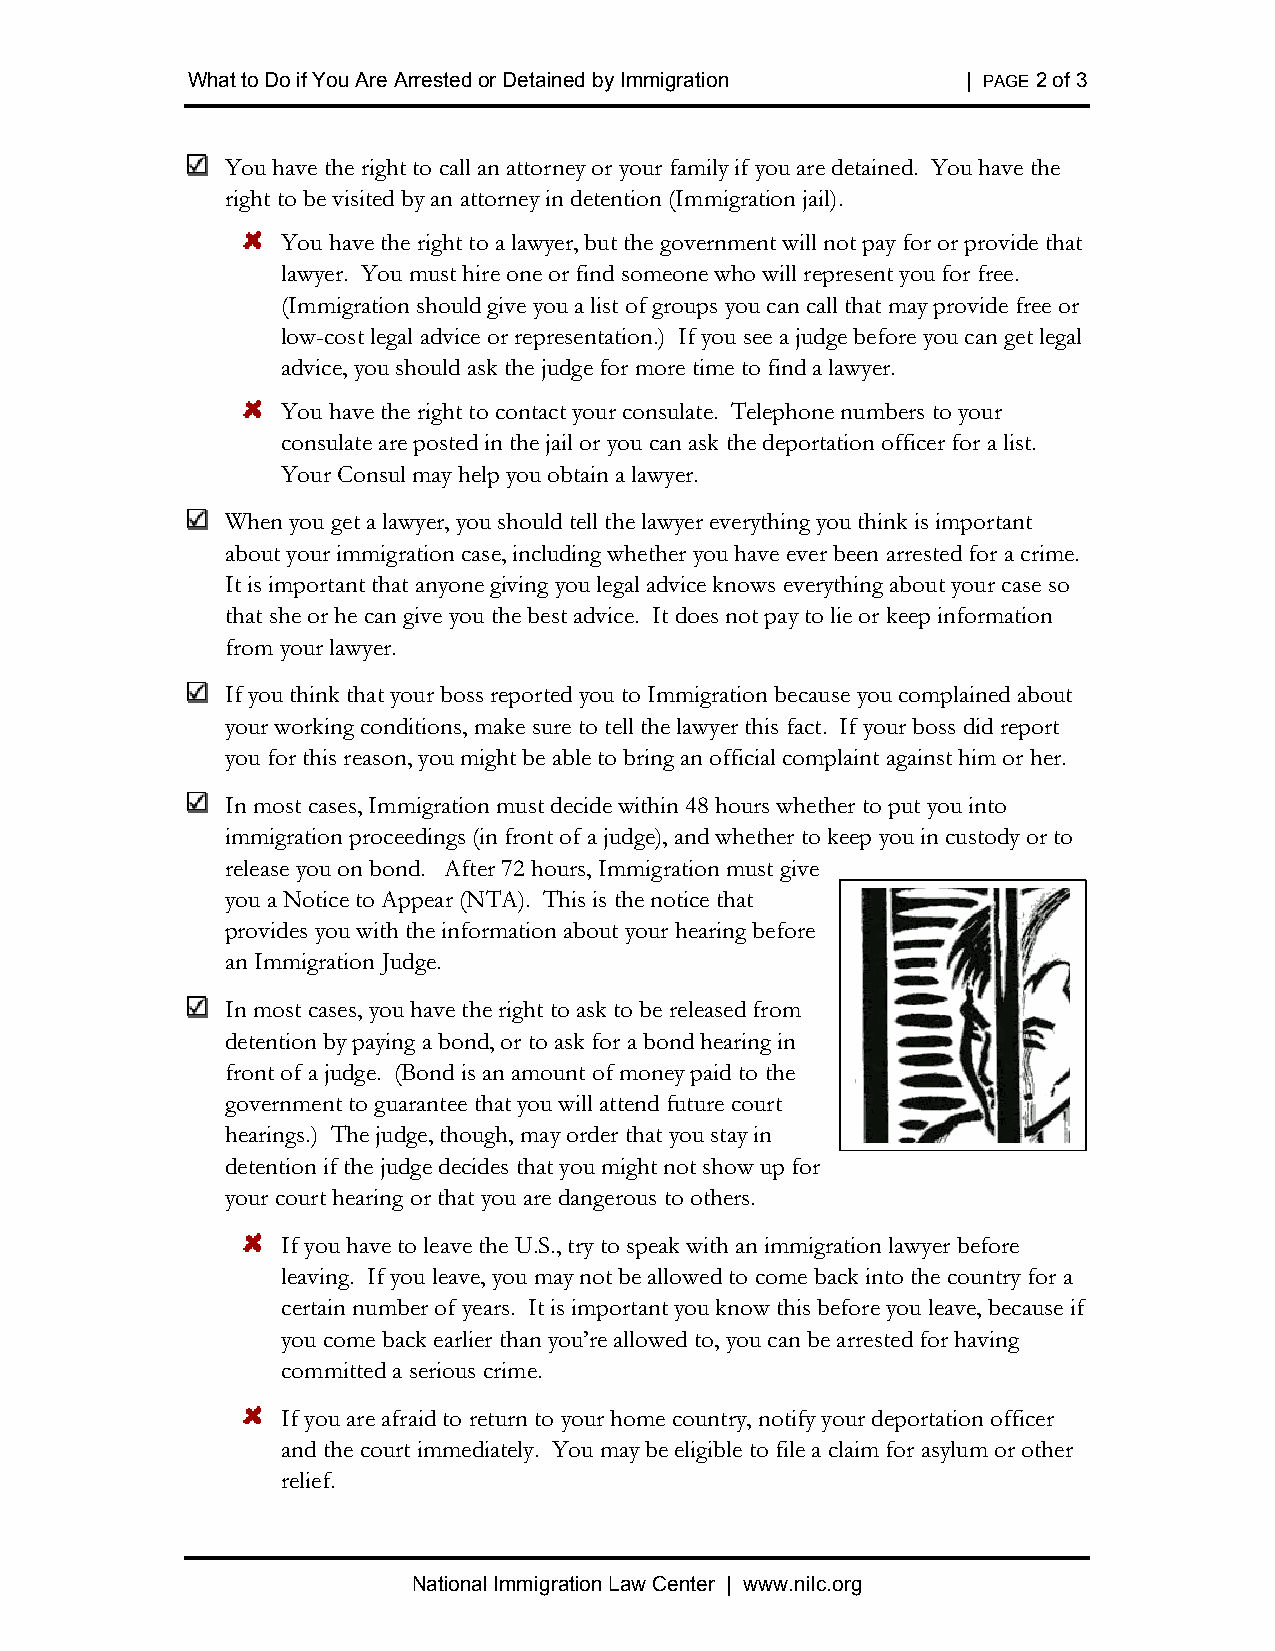
What to Do if You Are Arrested or Detained by Immigration | PAGE2 of 3
 You have the right to call an attorney or your family if you are detained. You have the
 right to be visited by an attorney in detention (Immigration jail).
 You have the right to a lawyer, but the government will not pay for or provide that
 lawyer. You must hire one or find someone who will represent you for free.
 (Immigration should give you a list of groups you can call that may provide free or
 low-cost legal advice or representation.) If you see a judge before you can get legal
 advice, you should ask the judge for more time to find a lawyer.
 You have the right to contact your consulate. Telephone numbers to your
 consulate are posted in the jail or you can ask the deportation officer for a list.
 Your Consul may help you obtain a lawyer.
 When you get a lawyer, you should tell the lawyer everything you think is important
 about your immigration case, including whether you have ever been arrested for a crime.
 It is important that anyone giving you legal advice knows everything about your case so
 that she or he can give you the best advice. It does not pay to lie or keep information
 from your lawyer.
 If you think that your boss reported you to Immigration because you complained about
 your working conditions, make sure to tell the lawyer this fact. If your boss did report
 you for this reason, you might be able to bring an official complaint against him or her.
 In most cases, Immigration must decide within 48 hours whether to put you into
 immigration proceedings (in front of a judge), and whether to keep you in custody or to
 release you on bond. After 72 hours, Immigration must give
 you a Notice to Appear (NTA). This is the notice that
 provides you with the information about your hearing before
 an Immigration Judge.
 In most cases, you have the right to ask to be released from
 detention by paying a bond, or to ask for a bond hearing in
 front of a judge. (Bond is an amount of money paid to the
 government to guarantee that you will attend future court
 hearings.) The judge, though, may order that you stay in
 detention if the judge decides that you might not show up for
 your court hearing or that you are dangerous to others.
 If you have to leave the U.S., try to speak with an immigration lawyer before
 leaving. If you leave, you may not be allowed to come back into the country for a
 certain number of years. It is important you know this before you leave, because if
 you come back earlier than you’re allowed to, you can be arrested for having
 committed a serious crime.
 If you are afraid to return to your home country, notify your deportation officer
 and the court immediately. You may be eligible to file a claim for asylum or other
 relief.
 National Immigration Law Center | www.nilc.org